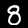
Label: 8